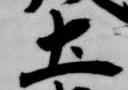
土